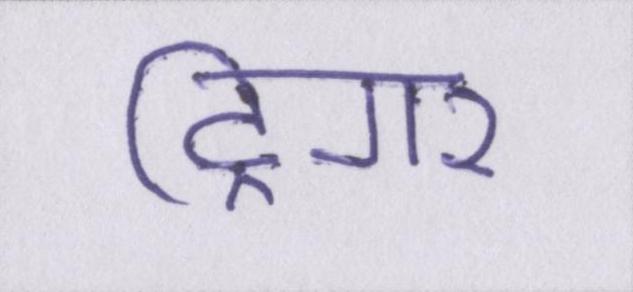
ट्रिगर